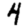
Digit: 4